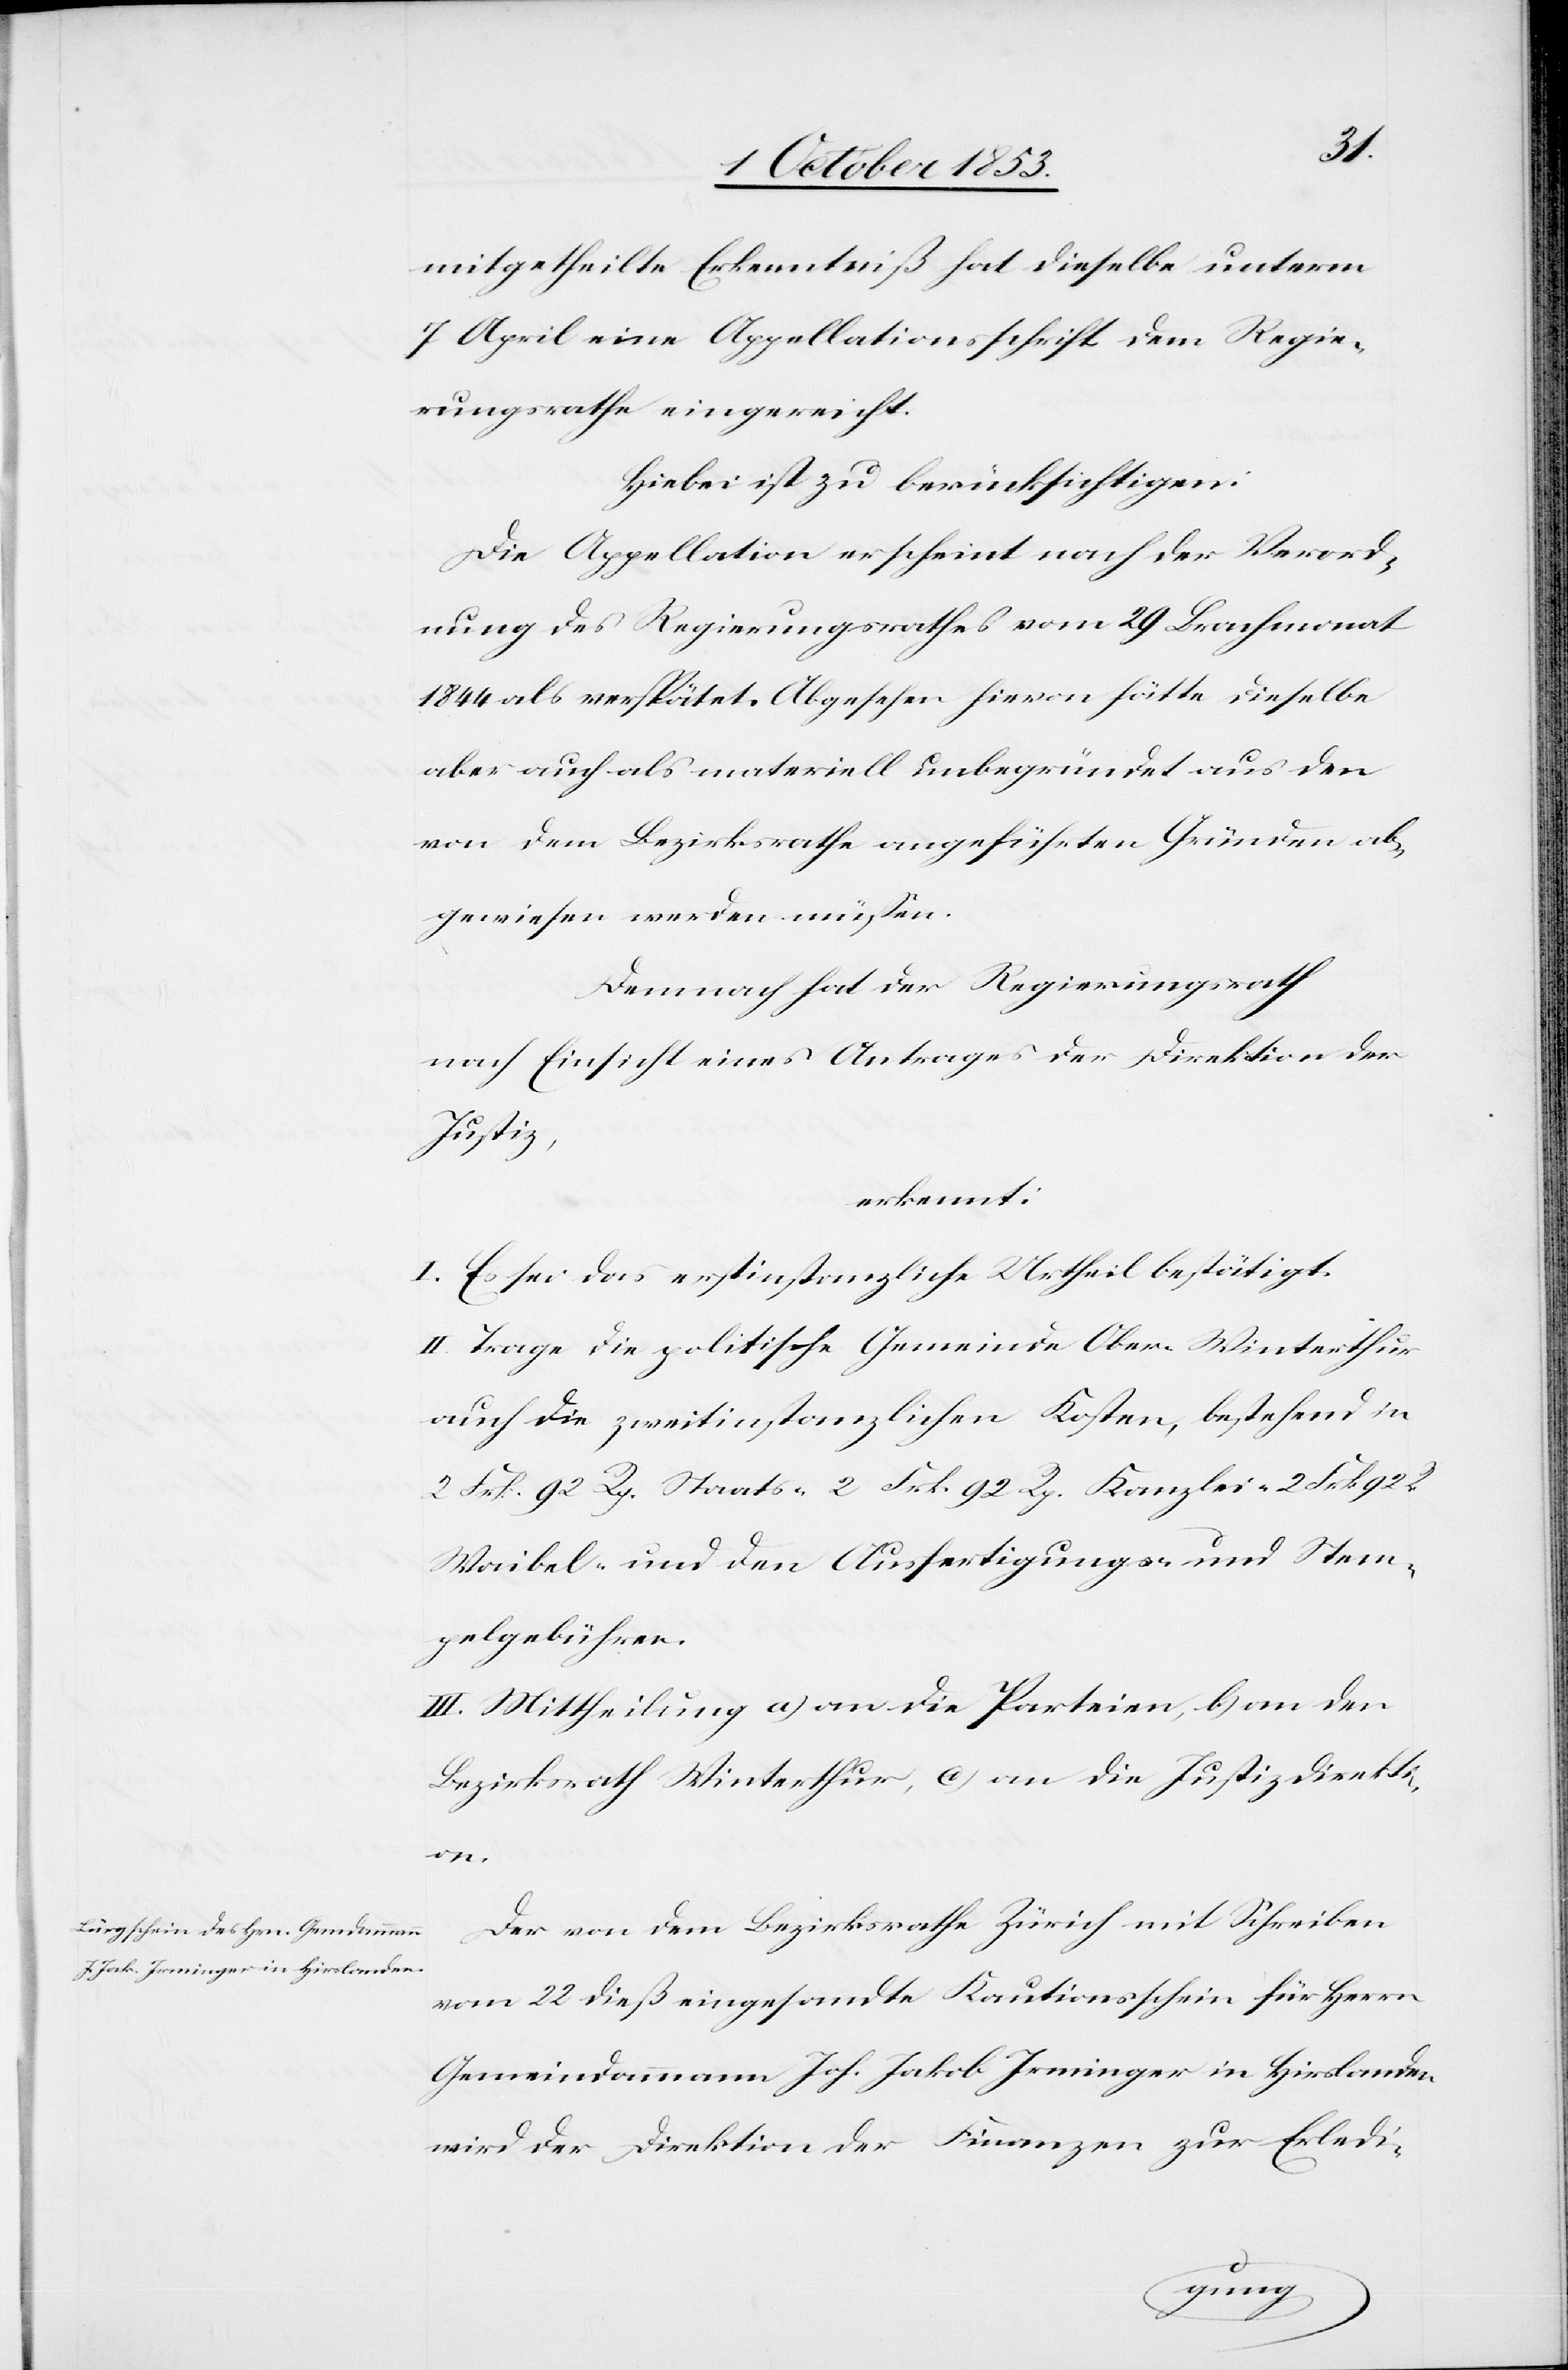
mitgetheilte Erkenntniß hat dieselbe unterm
7 April eine Appellationsschrift dem Regie¬
rungsrathe eingereicht.
Hiebei ist zu berücksichtigen:
Die Appellation erscheint nach der Verord¬
nung des Regierungsrathes vom 29 Brachmonat
1844 als verspätet. Abgesehen hievon hätte dieselbe
aber auch als materiell unbegründet aus den
von dem Bezirksrathe angeführten Gründen ab¬
gewiesen werden müßen.
Demnach hat der Regierungsrath
nach Einsicht eines Antrages der Direktion der
Justiz,
erkennt:
I. Es sei das erstinstanzliche Urtheil bestätigt.
II. Trage die politische Gemeinde Ober-Winterthur
auch die zweitinstanzlichen Kosten, bestehend in
2 Frk. 92 Rp. Staats- 2 Frk. 92 Rp. Kanzlei- 2 Frk. 92
Waibel- und den Ausfertigungs- u. Stem¬
pelgebühren.
III. Mittheilung a) an die Parteien, b) an den
Bezirksrath Winterthur, c) an die Justizdirekti¬
on.
Der von dem Bezirksrathe Zürich mit Schreiben
vom 22 dieß eingesandte Kautionsschein für Herrn
Gemeindammann Joh. Jak. Irminger in Hirslanden
wird der Direktion der Finanzen zur Erledi-